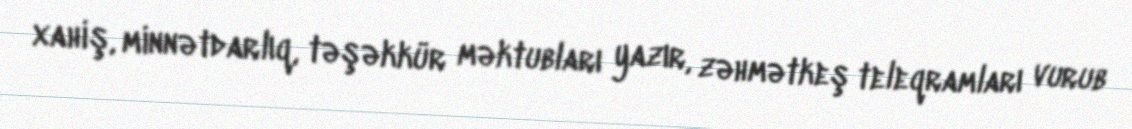
xahiş, minnətdarlıq, təşəkkür məktubları yazır, zəhmətkeş teleqramları vurub